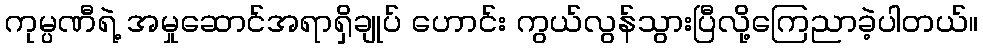
ကုမ္ပဏီရဲ့ အမှုဆောင်အရာရှိချုပ် ဟောင်း ကွယ်လွန်သွားပြီလို့ကြေညာခဲ့ပါတယ်။